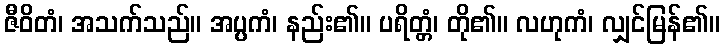
ဇီဝိတံ၊ အသက်သည်။ အပ္ပကံ၊ နည်း၏။ ပရိတ္တံ၊ တို၏။ လဟုကံ၊ လျှင်မြန်၏။